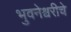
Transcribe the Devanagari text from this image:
भुवनेश्वरीचे